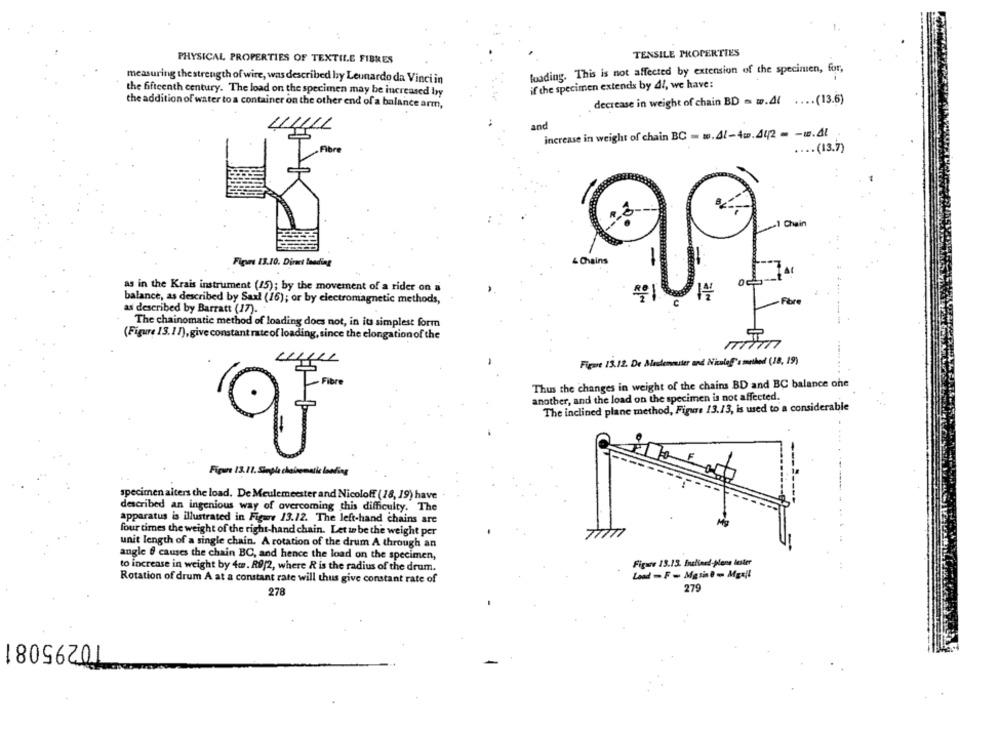
PHYSICAL PROPERTIES OF TEXTILE FIBRES
TENSILE PROPERTIES
loading. This is not affected by extension of the specimen, for,
measuring the strength of wire, was described by Leunardo da Vinci in
if the specimen extends by 47, we have:
the fifteenth century. The load on the specimen may be increased Iry
decrease in weight of chain BD - w.Al .... (13.6)
the addition of water to a container on the other end of a balance arm,
and
4/11
increase in weight of chain BC - w.Al-4w.442 = - w.41
„fière
.... (13.7)
Chain
Figure 13.10. Direct loading
4 Chains
as in the Krais instrument (15); by the movement of a rider on a
balance, as described by Saxl (16); or by electromagnetic methods,
as described by Barratt (17).
The chainomatic method of loading does not, in its simplest form
(Figure 13.17), give constant rate of loading, since the elongation of the
Figure 13.12. De Miesdemmuster and Nicoleff's method (18, 19)
Thus the changes in weight of the chains BD and BC balance one
another, and the load on the specimen is not affected.
The inclined plane method, Figure 13./3, is used to a considerable
Figure 13.11. Stepla chainematic loading
specimen alters the load. De Meulemeester and Nicoloff ( 18, 19) have
described an ingenious way of overcoming this difficulty. The
apparatus is illustrated in Figure 13.12. The left-hand chains are
four times the weight of the right-hand chain. Let to be the weight per
unit length of a single chain. A rotation of the drum A through an
angle f causes the chain BC, and hence the load on the specimen,
Figure 13.13. Inclined-pone lester
to increase in weight by 4w. R9/2, where & is the radius of the drum.
Load - F- Mgsie- Mgril
Rotation of drum A at a constant rate will thus give constant rate of
278
279
10295081